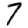
Digit: 7